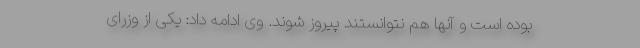
بوده است و آنها هم نتوانستند پیروز شوند. وی ادامه داد: یکی از وزرای